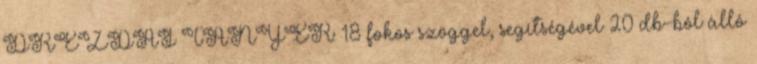
DREZDAI TÁNYÉR: 18 fokos szöggel, segítségével 20 db-ból álló